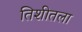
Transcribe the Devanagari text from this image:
तिशीतला